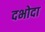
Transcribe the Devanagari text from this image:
दभोदा